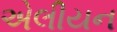
એલીયન